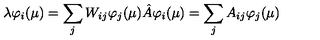
\lambda \varphi _ { i } ( \mu ) = \sum _ { j } W _ { i j } \varphi _ { j } ( \mu ) \hat { A } \varphi _ { i } ( \mu ) = \sum _ { j } A _ { i j } \varphi _ { j } ( \mu )